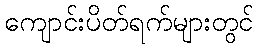
ကျောင်းပိတ်ရက်များတွင်